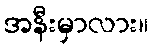
အနီးမှာလား။